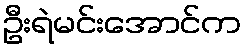
ဦးရဲမင်းအောင်က